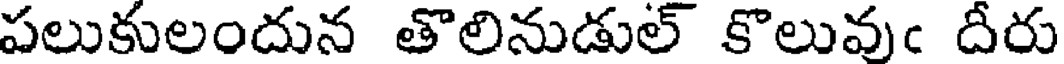
పలుకులందున తొలినుడుల్ కొలువుఁ దీరు